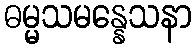
ဓမ္မသမန္နေသနာ